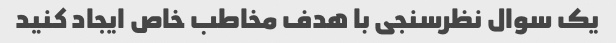
یک سوال نظرسنجی با هدف مخاطب خاص ایجاد کنید